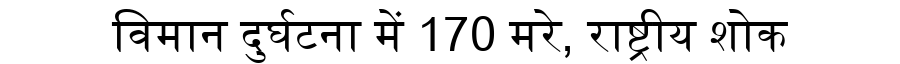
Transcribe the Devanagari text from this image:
विमान दुर्घटना में 170 मरे, राष्ट्रीय शोक